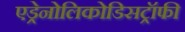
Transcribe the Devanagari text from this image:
एड्रेनोलिकोडिसट्रॉफी